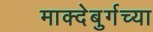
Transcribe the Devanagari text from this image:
माक्देबुर्गच्या